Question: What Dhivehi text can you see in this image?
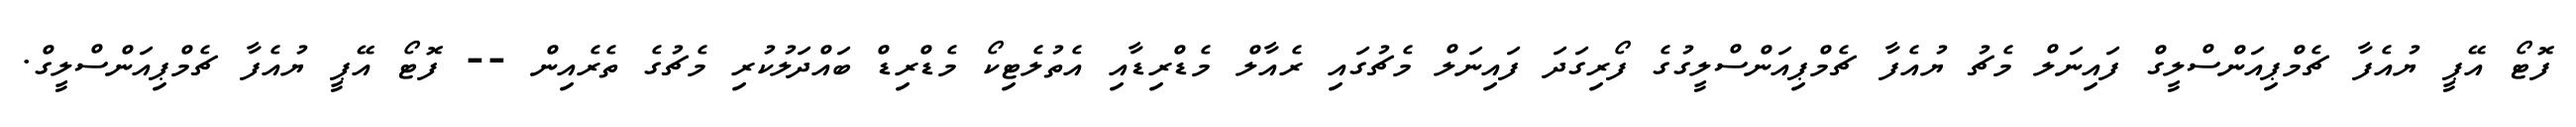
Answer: ފޮޓޯ އޭޕީ ޔުއެފާ ޗެމްޕިއަންސްލީގް ފައިނަލް މެޗު ޔުއެފާ ޗެމްޕިއަންސްލީގުގެ ފޯރިގަދަ ފައިނަލް މެޗުގައި ރެއާލް މެޑްރިޑާއި އެތުލެޓިކޯ މެޑްރިޑް ބައްދަލުކުރި މެޗުގެ ތެރެއިން -- ފޮޓޯ އޭޕީ ޔުއެފާ ޗެމްޕިއަންސްލީގް.